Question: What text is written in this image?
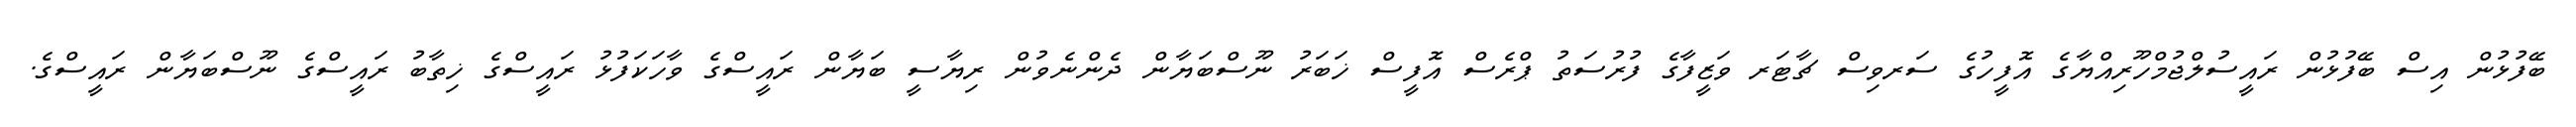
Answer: ބޭފުޅުން އިސް ބޭފުޅުން ރައީސުލްޖުމްހޫރިއްޔާގެ އޮފީހުގެ ސަރވިސް ޗާޓަރ ވަޒީފާގެ ފުރުސަތު ޕްރެސް އޮފީސް ޚަބަރު ނޫސްބަޔާން ދެންނެވުން ރިޔާސީ ބަޔާން ރައީސްގެ ވާހަކަފުޅު ރައީސްގެ ޚިތާބު ރައީސްގެ ނޫސްބަޔާން ރައީސްގެ.